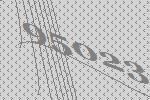
95023